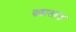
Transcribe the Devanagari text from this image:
ख्यालांत